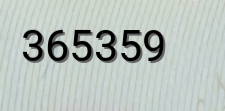
365359